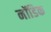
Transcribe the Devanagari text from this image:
नॉडिक